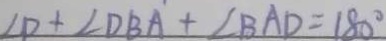
\angle D + \angle D B A + \angle B A D = 1 8 0 ^ { \circ }